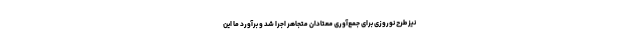
نیز طرح نوروزی برای جمع‌آوری معتادان متجاهر اجرا شد و برآورد ما این